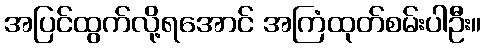
အပြင်ထွက်လို့ရအောင် အကြံထုတ်စမ်းပါဦး။